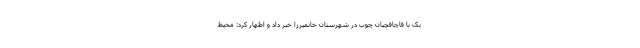
یک با قاچاقچیان چوب در شهرستان خانمیرزا خبر داد و اظهار کرد: محیط